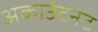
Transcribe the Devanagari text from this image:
अकाउंटनट